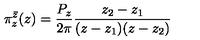
\pi _ { z } ^ { \bar { z } } ( z ) = \frac { P _ { z } } { 2 \pi } \frac { z _ { 2 } - z _ { 1 } } { ( z - z _ { 1 } ) ( z - z _ { 2 } ) }